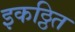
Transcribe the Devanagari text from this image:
इकठ्ठित